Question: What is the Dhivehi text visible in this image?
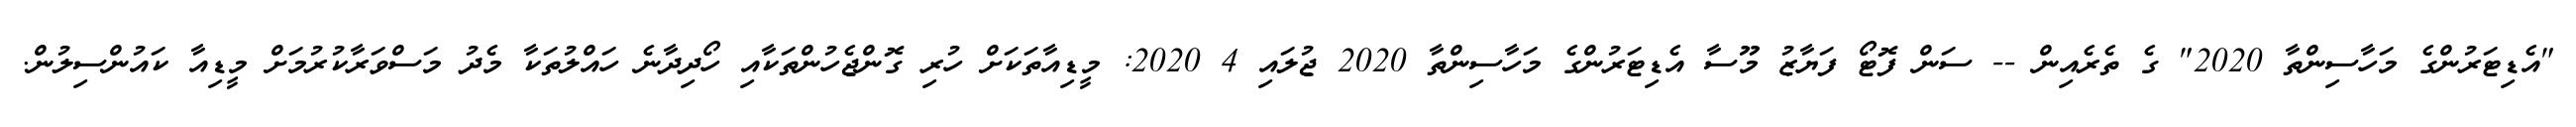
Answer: "އެޑިޓަރުންގެ މަހާސިންތާ 2020" ގެ ތެރެއިން -- ސަން ފޮޓޯ ފަޔާޒު މޫސާ އެޑިޓަރުންގެ މަހާސިންތާ 2020 ޖުލައި 4 2020: މީޑިއާތަކަށް ހުރި ގޮންޖެހުންތަކާއި ހޯދިދާނެ ހައްލުތަކާ މެދު މަސްވަރާކުރުމަށް މީޑިއާ ކައުންސިލުން.